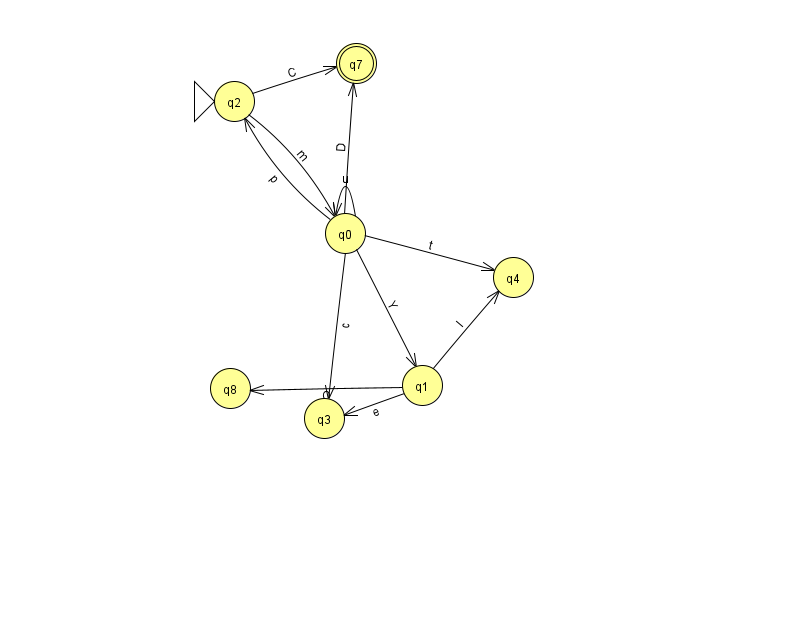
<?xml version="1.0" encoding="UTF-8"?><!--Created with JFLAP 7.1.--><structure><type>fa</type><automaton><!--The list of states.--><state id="0" name="q0"><x>345.0</x><y>220.0</y></state><state id="1" name="q1"><x>422.0</x><y>372.0</y></state><state id="2" name="q2"><x>234.0</x><y>88.0</y><initial/></state><state id="3" name="q3"><x>324.0</x><y>405.0</y></state><state id="4" name="q4"><x>513.0</x><y>264.0</y></state><state id="7" name="q7"><x>356.0</x><y>50.0</y><final/></state><state id="8" name="q8"><x>230.0</x><y>375.0</y></state><!--The list of transitions.--><transition><from>1</from><to>8</to><read>O</read></transition><transition><from>0</from><to>4</to><read>t</read></transition><transition><from>1</from><to>3</to><read>e</read></transition><transition><from>1</from><to>4</to><read>I</read></transition><transition><from>0</from><to>0</to><read>u</read></transition><transition><from>0</from><to>1</to><read>Y</read></transition><transition><from>2</from><to>7</to><read>C</read></transition><transition><from>2</from><to>0</to><read>m</read></transition><transition><from>0</from><to>3</to><read>c</read></transition><transition><from>0</from><to>2</to><read>p</read></transition><transition><from>0</from><to>7</to><read>D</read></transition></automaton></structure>